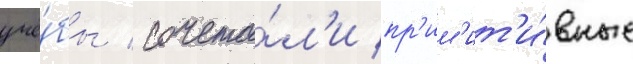
учё́бы / сочета́л'и пр'им'ит'и́вные